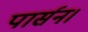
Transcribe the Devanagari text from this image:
पार्सन।